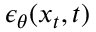
\epsilon _ { \theta } ( x _ { t } , t )